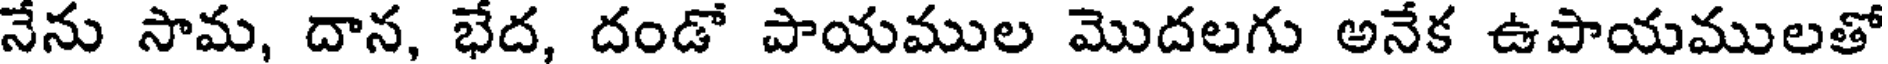
నేను సామ, దాన, భేద, దండో పాయముల మొదలగు అనేక ఉపాయములతో